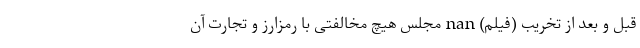
قبل و بعد از تخریب (فیلم) nan مجلس هيچ مخالفتی با رمزارز و تجارت آن